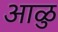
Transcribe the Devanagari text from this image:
आळु